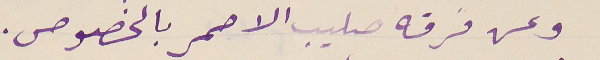
وعن فرقه صليب الاحمر بالخصوص.